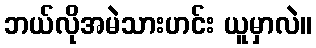
ဘယ်လိုအမဲသားဟင်း ယူမှာလဲ။